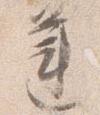
蓮